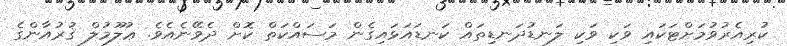
ކުރިއެރުވުމަށްޓަކައި ވަކި ވަކި ލަނޑުދަނޑިތައް ކަނޑައަޅައިގެން މަސައްކަތް ކޮށް ދެވޭނެއެވެ. ޢުލޫމުލް ޤުރުއާންގެ